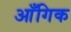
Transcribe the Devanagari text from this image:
आँगिक